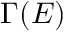
\Gamma ( E )